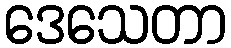
ဒေသေတာ